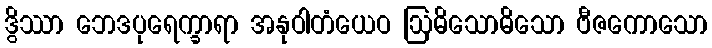
ဒွိဿာ ဘေဒပုရေက္ခာရာ အနုဝါတံယေဝ ဩဓိသောဓိသော ဗီဇကောသော